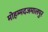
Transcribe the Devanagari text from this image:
मोहम्मदजमालपुर